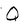
Character: Q